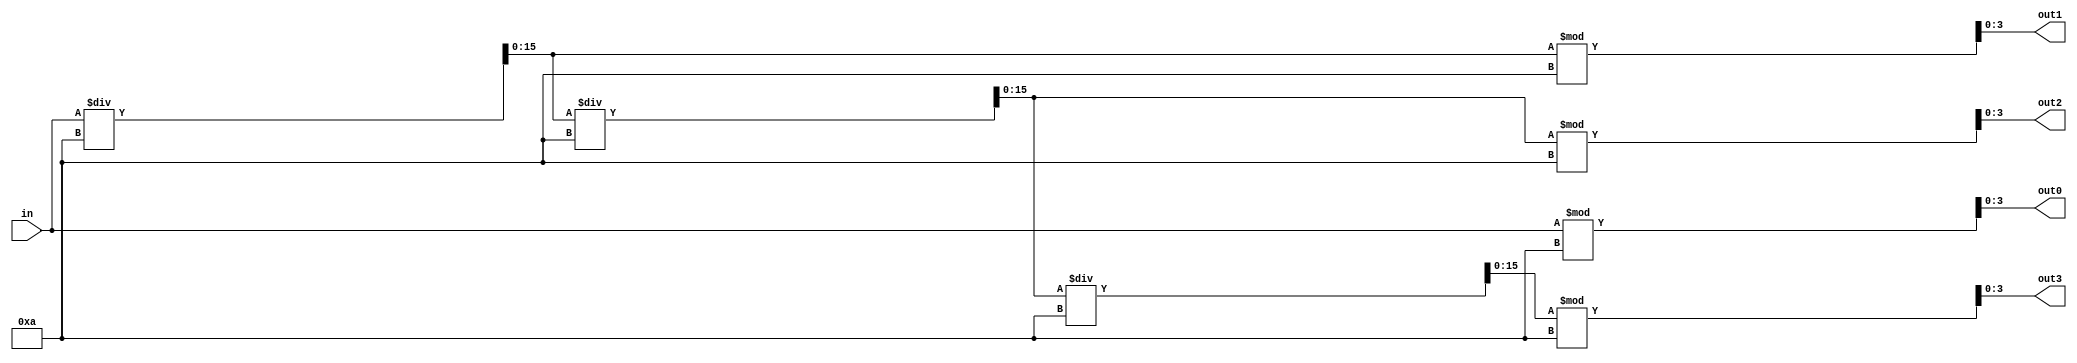
module fourbit(in, out3, out2, out1, out0

    );
  input[15:0] in; // decimal
  output[3:0] out3, out2, out1, out0;
  wire [15:0] val1, val2, val3;
  
  
  assign out0 = in % 10;
  assign val1 = in / 10;
  
  assign out1 = val1 % 10;
  assign val2 = val1 / 10;
  
  assign out2 = val2 % 10;
  assign val3 = val2 / 10;
  
  assign out3 = val3 % 10;


endmodule